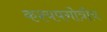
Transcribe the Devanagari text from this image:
कश्यपगोत्रीय